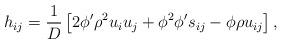
LaTeX: \begin{align*}h_{ij} = \dfrac{1}{D}\left[ 2\phi'\rho^2 u_iu_j+\phi^2\phi's_{ij} - \phi \rho u_{ij} \right],\end{align*}